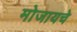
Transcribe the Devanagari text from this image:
मोजायचे